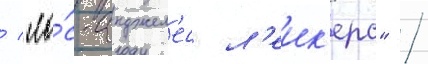
/ "ло́с-анджел'ес л'еик'ерс" /